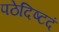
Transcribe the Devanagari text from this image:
पठेदिष्टदं